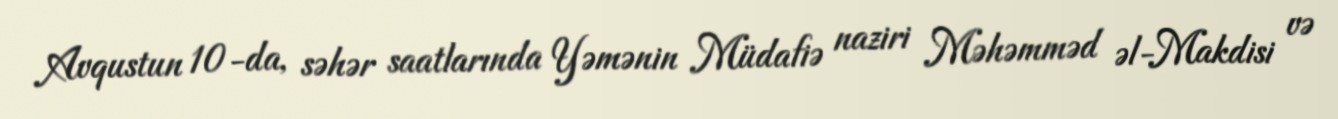
Avqustun 10-da, səhər saatlarında Yəmənin Müdafiə naziri Məhəmməd əl-Makdisi və